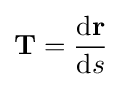
\mathbf {T} ={\frac {\mathrm {d} \mathbf {r} }{\mathrm {d} s}}